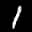
Label: 1